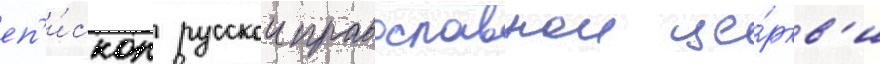
еп'и́скоп русскои православнои це́ркв'и